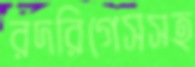
রদরিগেসসহ